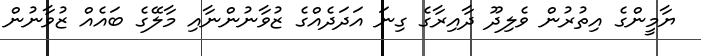
ޔާމީންގެ އިތުރުން ވެލިދޫ ދާއިރާގެ ގިނަ އަދަދެއްގެ ޒުވާނުންނާއި މާލޭގެ ބައެއް ޒުވާނުން